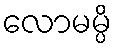
လောမမ္ပိ